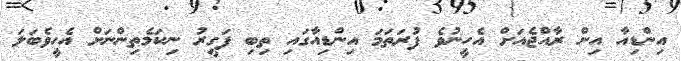
އިންޑިއާ އިން ރާއްޖެއަށް އެހީނުވެ ފުރަތަމަ އިންޑިއާގައި ތިބި ފަގީރު ނިކަމެތިންނަށް އެހީވެބަލަ